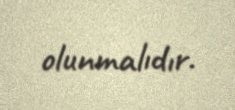
olunmalıdır.